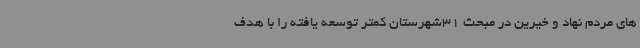
های مردم نهاد و خیرین در مبحث 31شهرستان کمتر توسعه یافته را با هدف